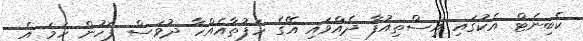
ކެބިނެޓް އެކުގައި އިސްތިއުފާ ދެއްވައި އޭގެ ހަފުތާއެއްހާ ދުވަސް ފަހުން ހަމަ އެ